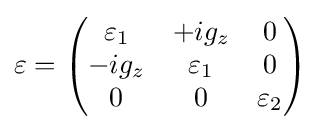
\varepsilon ={\begin{pmatrix}\varepsilon _{1}&+ig_{z}&0\\-ig_{z}&\varepsilon _{1}&0\\0&0&\varepsilon _{2}\\\end{pmatrix}}